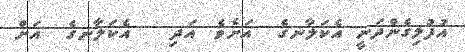
އުފުލިގެންދަނީ އެކަލާނގެ  އަށެވެ. އަދި   އެކަލާނގެ  އަށް